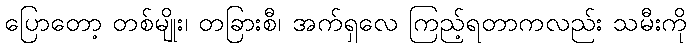
ပြောတော့ တစ်မျိုး၊ တခြားစီ၊ အက်ရှလေ ကြည့်ရတာကလည်း သမီးကို